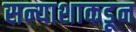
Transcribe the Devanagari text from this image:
सन्याशाकडून